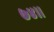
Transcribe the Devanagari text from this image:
७४।।